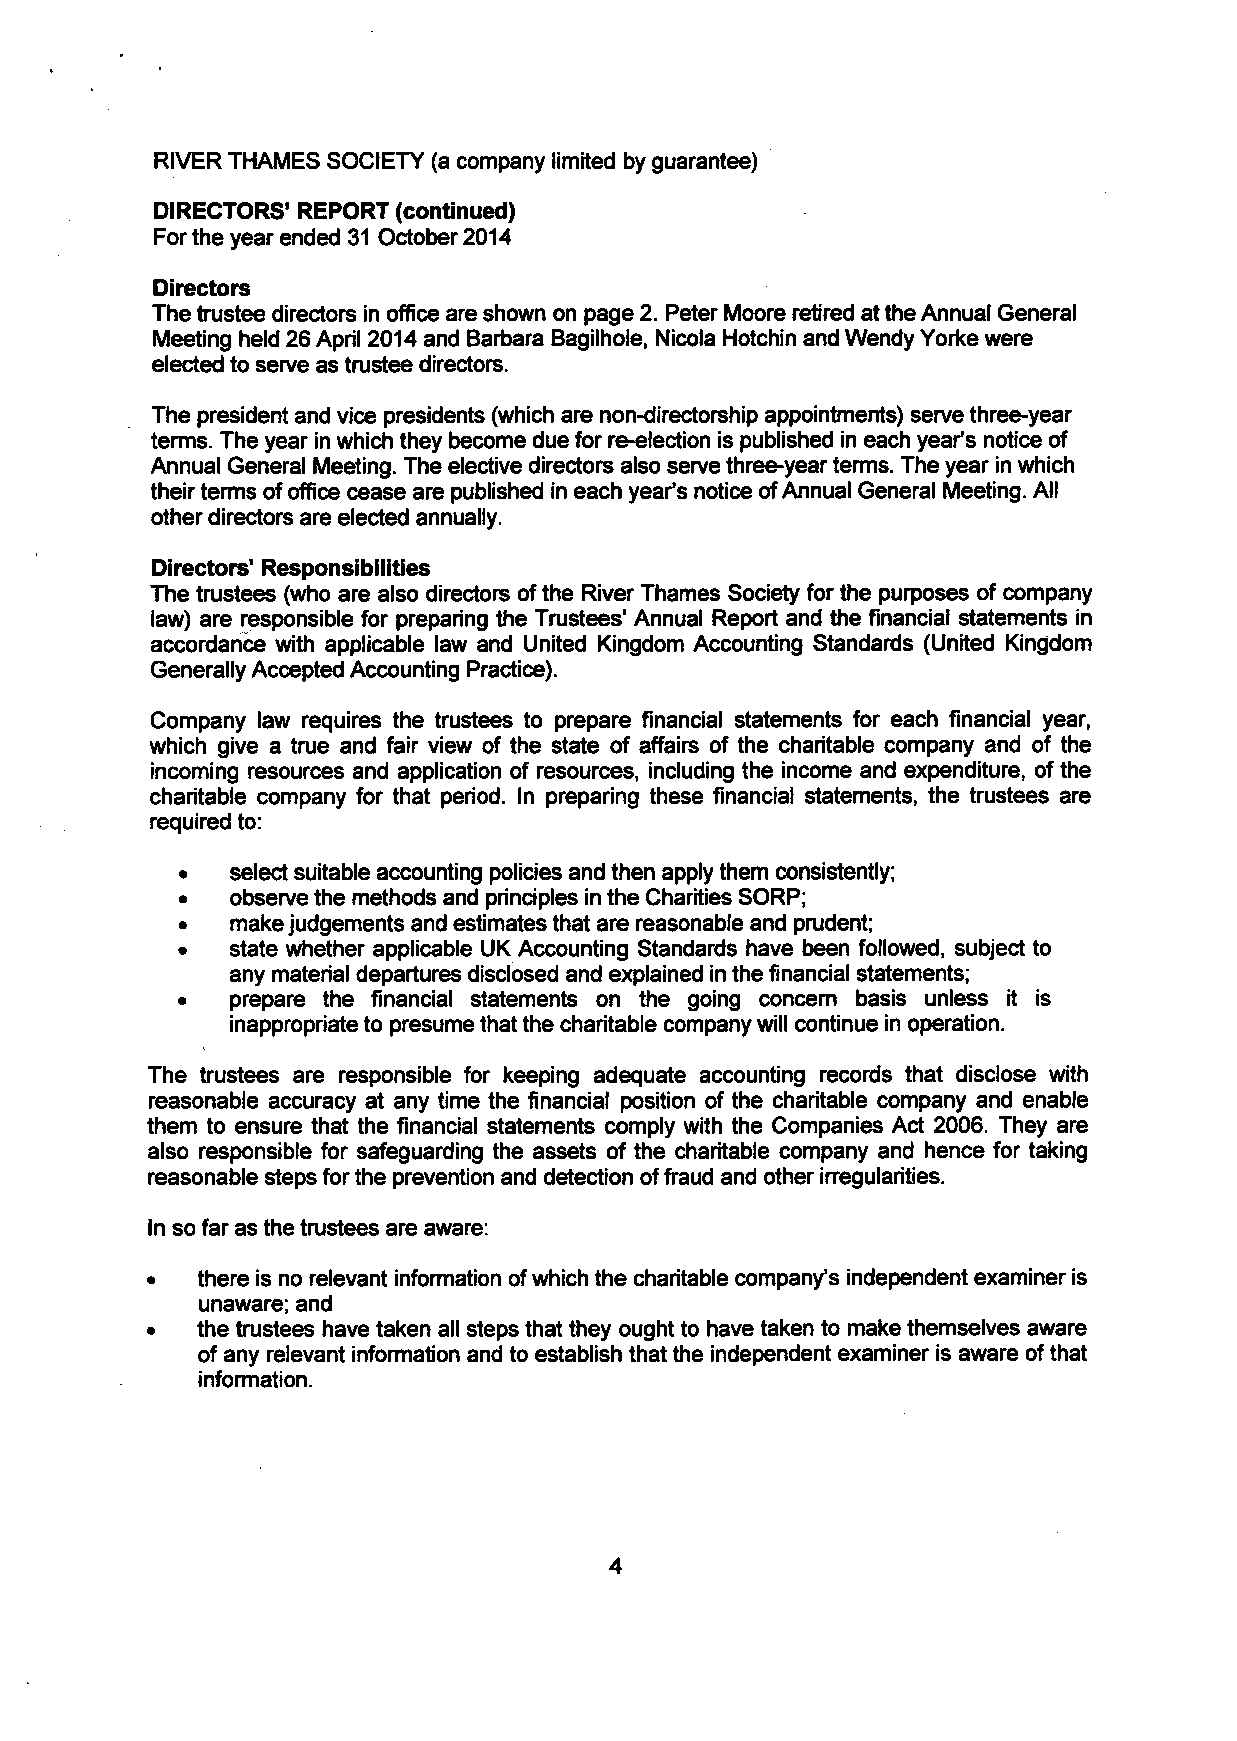
RIVER THAMES SOCIETY (a company limited by guarantee)
 DIRECTORS' REPORT (continued)
 For the year ended 31 October 2014
 Directors
 The trustee directors in office are shown on page 2. Peter Moore retired at the Annual General
 Meeting held 26 April 2014 and Barbara Bagilhole, Nicola Hotchin and Wendy Yorke were
 elected to serve as trustee directors.
 The president and vice presidents (which are non-directorship appointments) serve three-year
 terms. The year in which they become due for re-election is published in each year's notice of
 Annual General Meeting. The elective directors also serve three-year terms. The year in which
 their terms of office cease are published in each year's notice of Annual General Meeting. All
 other directors are elected annually.
 Directors' Responsibilities
 The trustees (who are also directors of the River Thames Society for the purposes of company
 law) are responsible for preparing the Trustees' Annual Report and the financial statements in
 accordance with applicable law and United Kingdom Accounting Standards (United Kingdom
 Generally Accepted Accounting Practice).
 Company law requires the trustees to prepare financial statements for each financial year,
 which give a true and fair view of the state of affairs of the charitable company and of the
 incoming resources and application of resources, including the income and expenditure, of the
 charitable company for that period. In preparing these financial statements, the trustees are
 required to:
 •  select suitable accounting policies and then apply them consistently;
 •  observe the methods and principles in the Charities SORP;
 •  make judgements and estimates that are reasonable and prudent;
 •  state whether applicable UK Accounting Standards have been followed, subject to
 any material departures disclosed and explained in the financial statements;
 •  prepare the financial statements on the going concern basis unless it is
 inappropriate to presume that the charitable company will continue in operation.
 The trustees are responsible for keeping adequate accounting records that disclose with
 reasonable accuracy at any time the financial position of the charitable company and enable
 them to ensure that the financial statements comply with the Companies Act 2006. They are
 also responsible for safeguarding the assets of the charitable company and hence for taking
 reasonable steps for the prevention and detection of fraud and other irregularities.
 in so far as the trustees are aware:
 •  there is no relevant information of which the charitable company's independent examiner is
 unaware; and
 •  the trustees have taken all steps that they ought to have taken to make themselves aware
 of any relevant information and to establish that the independent examiner is aware of that
 information.
 4